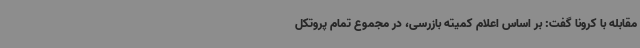
مقابله با کرونا گفت: بر اساس اعلام کمیته بازرسی، در مجموع تمام پروتکل